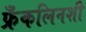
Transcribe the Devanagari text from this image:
फ्रँकलिनशी